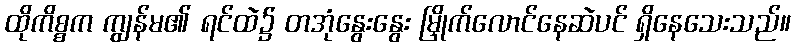
ထိုကိစ္စက ကျွန်မ၏ ရင်ထဲ၌ တအုံနွေးနွေး မြှိုက်လောင်နေဆဲပင် ရှိနေသေးသည်။